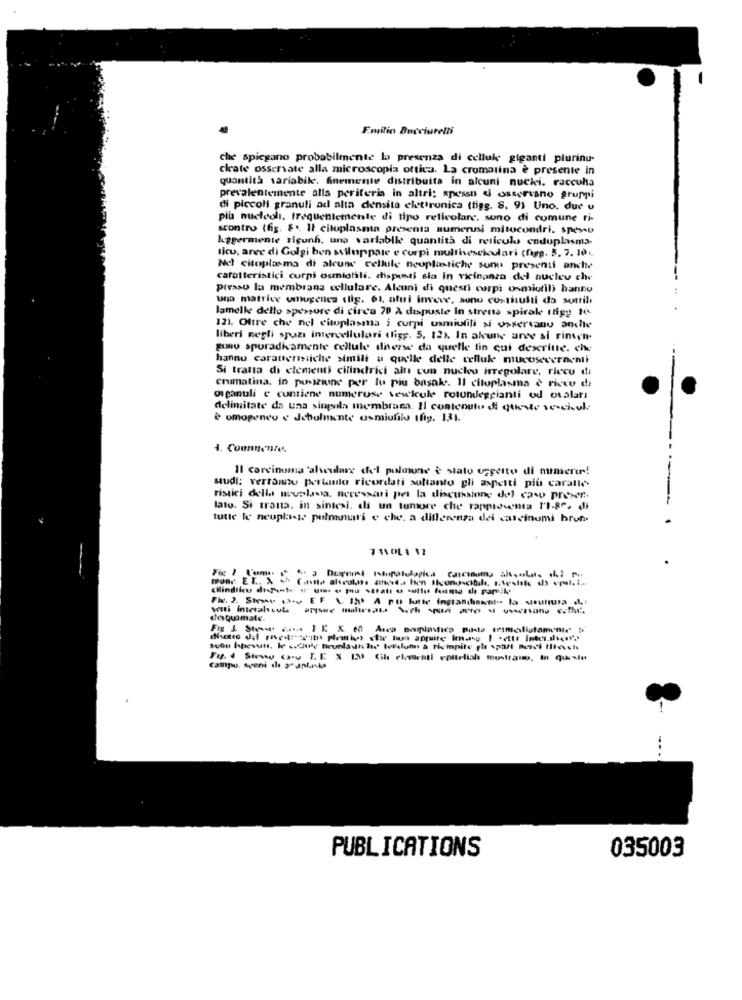
Emilio Bucciarelli
che spiegano probabilmente la presenza di cellule giganti plurinu-
cleate osservate alla microscopia ottica. La cromatina è presente in
quantità variabile. Gnemente distribuita in alcuni nucki. raccuha
prevalentemente alls periferia in altri: spesso di osservano gruppi
di piccoli granuli ad alta densità elettronica (tigg. 8. 9) Uno. dur u
più nucleoli, frequentemente di tipo reticolare. sono di comune ri-
scontro (fig. S. Il citoplasma presenta numerusi mitocondri. spesso
kiggermente rigunh, uno variabile quantità di reticulo enduplasma-
licu, aree di Golgi ben sviluppate e corpi mullivesciculari (figg. 5. 7. 10.
Nel citoplasma di alcune cellule neuplintiche sunu presenti anche
caratteristici corpi osmiofili, disposti sia in vicinanza del nucleo che
presso la membrana cellulare. Alcuni di questi corpi osmiotili hannu
una matrice umhugenes (lig. 61, afui invece, sono costituiti da sottili
lamelle dello spessore di circa 70 À dispuste In strena spirale ttigy 10.
12). Oltre che nel citoplasma i corpi usmiufili si osservanu andhe
liberi negli spazi intercellulari (ligy. 5, 12). In akune anse si rinen-
gunu sporadivamente cellule dherse da quelle fin qui descritte. che
hanno caratteristiche simili a quelle delle cellule mucosecernenti
Si tratta di elementi cilindrici alt cun nucleo irregolare, ricco di
cromatina, in posizione per lo più basak. Il citoplasma è ricco di
organuli e contiene numeruse vesicule rotondeggianti od ovaları
delimitate da una singola membrana. Il contenuto di queste vescicole
è omogeneo e debolmente osmiulilu tfy. 131.
1. Commente.
Il carcinoma 'alwulare chel pulmone è stato oggetto di numerer!
sudi: vertante pertanto ricordati soltanto gli aspetti più caralle.
ristici della wouslavia, necessari per la discussione dol caw preven.
lato. Si trana. in sintesi. dli un tumore che rappresenta 1-80, di
tutte le neuplass, pulmunari e che. a differenza dei cascinumi bron
cilindrico disposte I' ums o mu strati o sollu fasma di partiLe
Fix. 2. Stewe 13- EF LIN A pu hatte ingrandieket- la sutura cht
daquimale.
Sulu hpevuts. le .. Clule Brunladtche Wetslun à riempite yh spart nerdi thessh
Fy. 4 Show ory I.E. X 12) Cih elementi epitelial mostrano, in quesin
---
035003
PUBLICATIONS